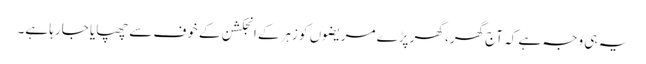
یہ ہی وجہ ہے کہ آج گھر، گھر پڑے مریضوں کو زہرکے انجکشن کے خوف سے چھپایا جارہا ہے۔